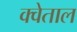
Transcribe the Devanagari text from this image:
क्वेताल